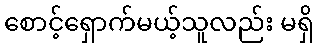
စောင့်ရှောက်မယ့်သူလည်း မရှိ